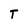
Character: T